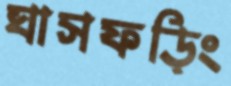
ঘাসফড়িং